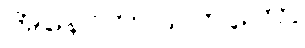
အနောကာသကတော